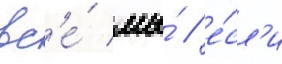
вс'е́ мы́ / е́сл'и